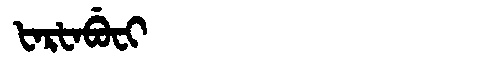
Manchu: ᡶᠠᡵᡶᠠᠪᡠᠸᡳ
Romanization: FARFABUFI